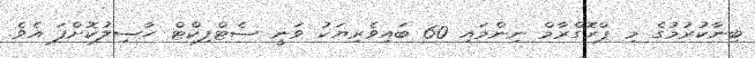
ބިނާކުރުމުގެ މި ޕްރޮގްރާމް ނިންމައި 60 ބައިވެރިޔަކު ވަނީ ސެޓްފިކްޓް ހާސިލުކޮށްފަ އެވެ.